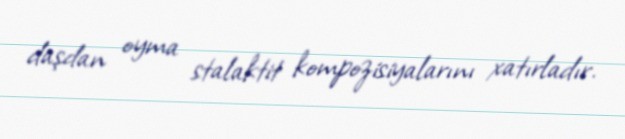
daşdan oyma stalaktit kompozisiyalarını xatırladır.